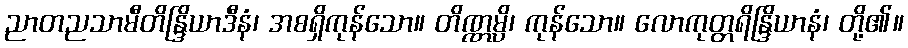
ညာတညသာမီတိန္ဒြိယာဒီနံ၊ အစရှိကုန်သော။ တိဏ္ဏမ္ပိ၊ ကုန်သော။ လောကုတ္တရိန္ဒြိယာနံ၊ တို့၏။